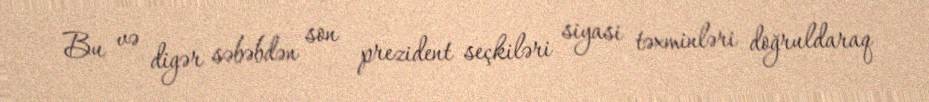
Bu və digər səbəbdən son prezident seçkiləri siyasi təxminləri doğruldaraq